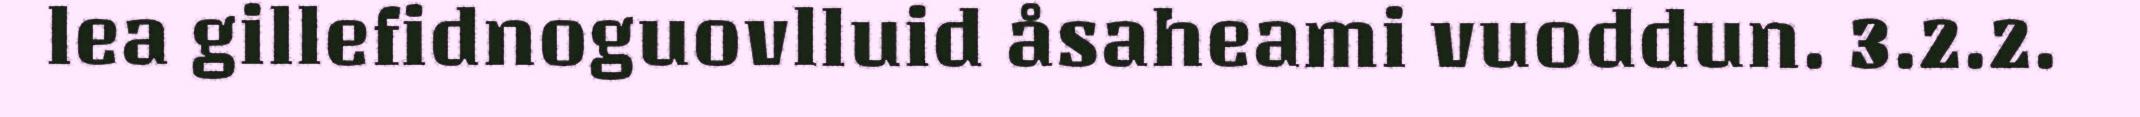
lea gillefidnoguovlluid åsaheami vuoddun. 3.2.2.